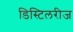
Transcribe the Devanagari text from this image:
डिस्टिलरीज